Sleeping sickness
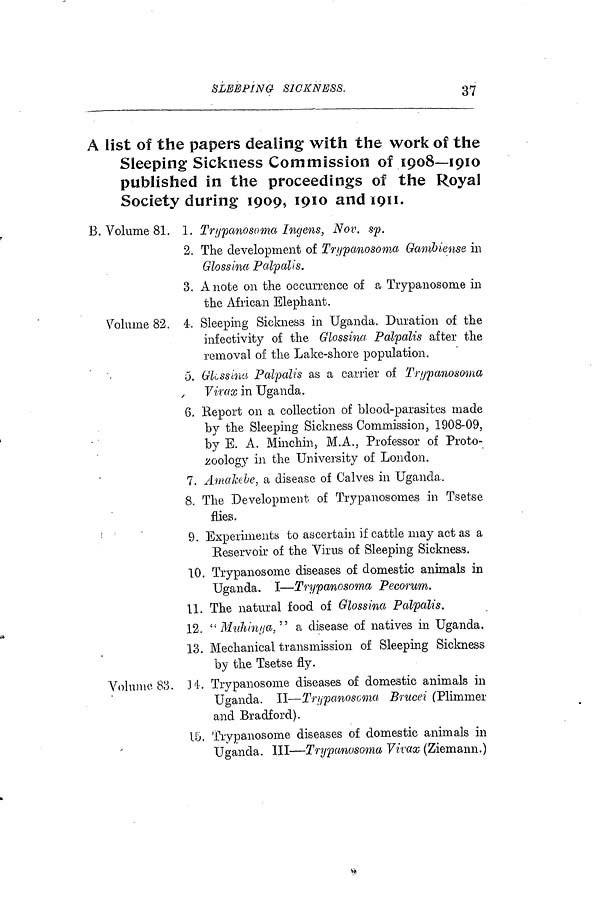
SLEEPING SICKNESS.
37
A list of the papers dealing with the work of the
Sleeping Sickness Commission of 1908—1910
published in the proceedings of the Royal
Society during 1909, 1910 and 1911.
B. Volume 81. 1. Trypanosoma Ingens, Nov. sp.
2. The development of Trypanosoma Gambiense in
Glossina Palpalis.
3. A note on the occurrence of a Trypanosome in
the African Elephant.
Volume 82. 4. Sleeping Sickness in Uganda. Duration of the
infectivity of the Glossina· Palpalis after the
removal of the Lake-shore population.
5. Glcssinu Palpalis as a carrier of Trypanosoma
Virax in Uganda.
6. Report on a collection of blood-parasites made
by the Sleeping Sickness Commission, 1908-09,
by E. A. Minchia, M.A., Professor of Proto-
zoology in the University of London.
7. A-inaJef.be, a disease of Calves in Uganda.
8. The Development of Trypanosomes in Tsetse
flies.
9. Experiments to ascertain if cattle may act as a
Reservoir of the Virus of Sleeping Sickness.
10. Trypanosome diseases of domestic animals in
Uganda. I—Trypanosoma Pecorum.
11. The natural food of Glossina Palpalis.
12. " Muhinya, " a disease of natives in Uganda.
13. Mechanical transmission of Sleeping Sickness
by the Tsetse fly.
Volume 83. 34. Trypanosome diseases of domestic animals in
Uganda. II—Trypanosoma Bnicei (Plimmer
and Bradford).
15. Trypanosome diseases of domestic animals in
Uganda. Ill—Trypanosoma Vivaw (Ziemann.)